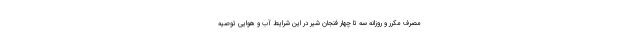
مصرف مکرر و روزانه سه تا چهار فنجان شیر در این شرایط آب و هوایی توصیه